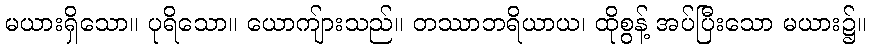
မယားရှိသော။ ပုရိသော။ ယောကျ်ားသည်။ တဿာဘရိယာယ၊ ထိုစွန့် အပ်ပြီးသော မယား၌။